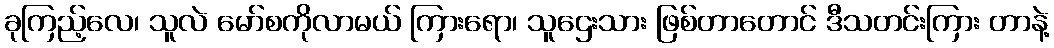
ခုကြည့်လေ၊ သူလဲ မော်စကိုလာမယ် ကြားရော၊ သူဌေးသား ဖြစ်တာတောင် ဒီသတင်းကြား တာနဲ့